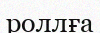
роллға